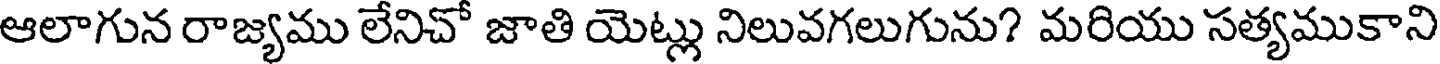
ఆలాగున రాజ్యము లేనిచో జాతి యెట్లు నిలువగలుగును? మరియు సత్యముకాని